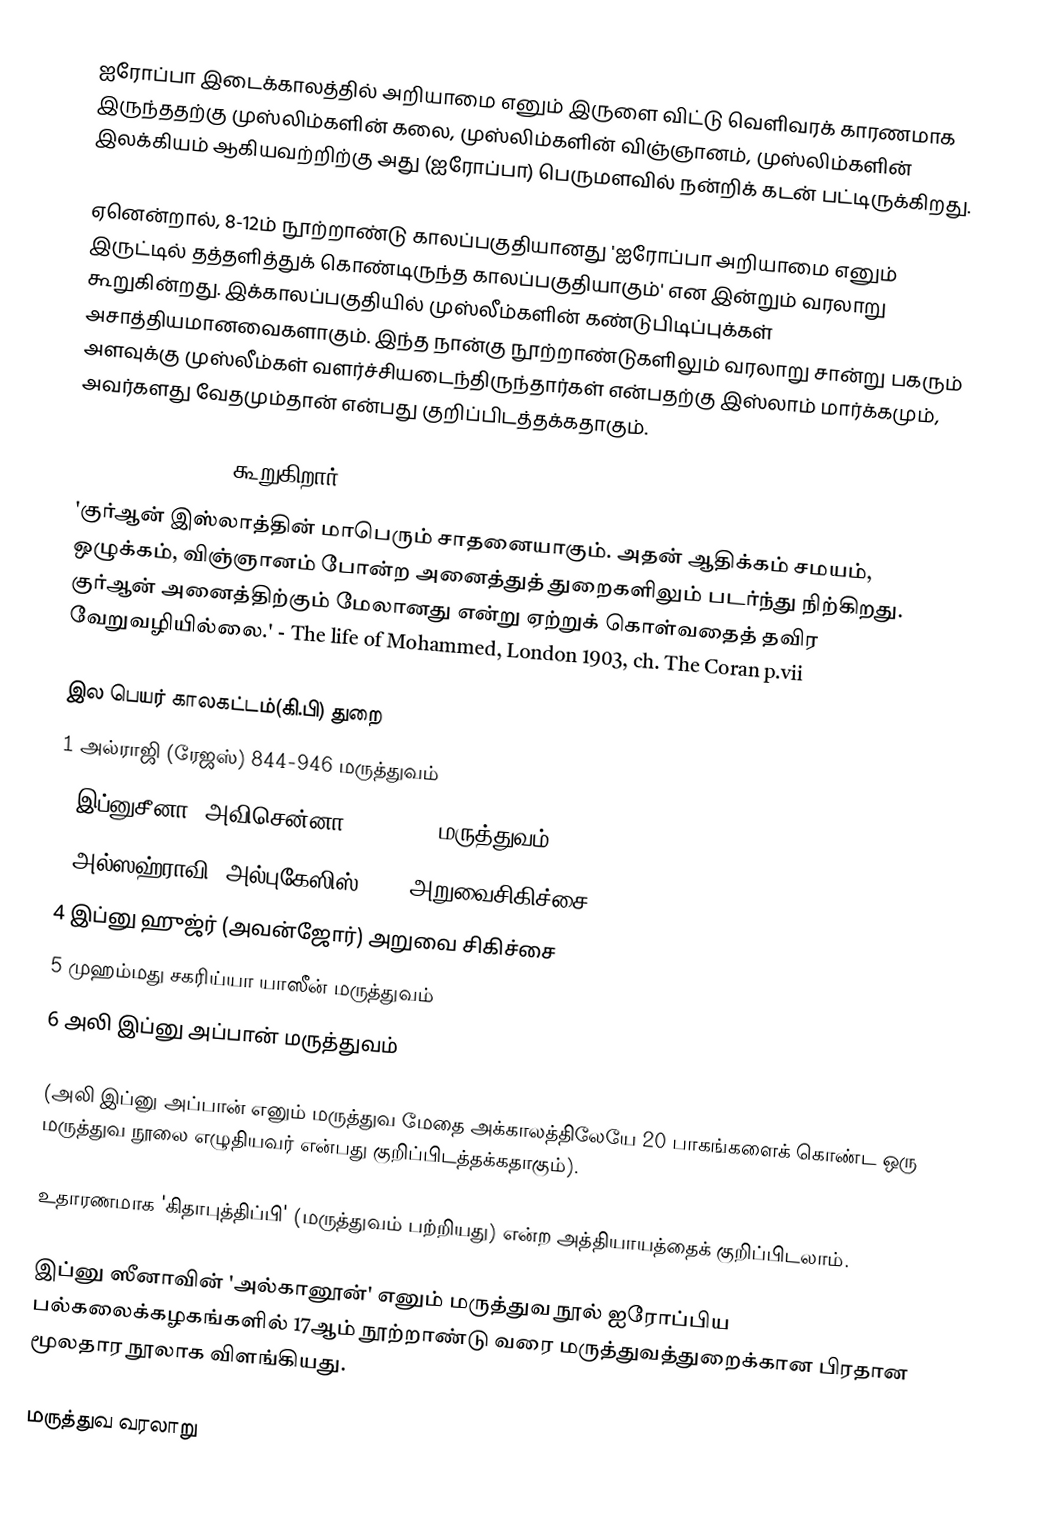
ஐரோப்பா இடைக்காலத்தில் அறியாமை எனும் இருளை விட்டு வெளிவரக் காரணமாக இருந்ததற்கு முஸ்லிம்களின் கலை, முஸ்லிம்களின் விஞ்ஞானம், முஸ்லிம்களின் இலக்கியம் ஆகியவற்றிற்கு அது (ஐரோப்பா) பெருமளவில் நன்றிக் கடன் பட்டிருக்கிறது.

ஏனென்றால், 8-12ம் நூற்றாண்டு காலப்பகுதியானது 'ஐரோப்பா அறியாமை எனும் இருட்டில் தத்தளித்துக் கொண்டிருந்த காலப்பகுதியாகும்' என இன்றும் வரலாறு கூறுகின்றது. இக்காலப்பகுதியில் முஸ்லீம்களின் கண்டுபிடிப்புக்கள் அசாத்தியமானவைகளாகும். இந்த நான்கு நூற்றாண்டுகளிலும் வரலாறு சான்று பகரும் அளவுக்கு முஸ்லீம்கள் வளர்ச்சியடைந்திருந்தார்கள் என்பதற்கு இஸ்லாம் மார்க்கமும், அவர்களது வேதமும்தான் என்பது குறிப்பிடத்தக்கதாகும்.

Sir. William Muir  கூறுகிறார்:
'குர்ஆன் இஸ்லாத்தின் மாபெரும் சாதனையாகும். அதன் ஆதிக்கம் சமயம், ஒழுக்கம், விஞ்ஞானம் போன்ற அனைத்துத் துறைகளிலும் படர்ந்து நிற்கிறது. குர்ஆன் அனைத்திற்கும் மேலானது என்று ஏற்றுக் கொள்வதைத் தவிர வேறுவழியில்லை.' - The life of Mohammed, London 1903, ch. The Coran p.vii

இல	 பெயர்	காலகட்டம்(கி.பி) 	துறை
1	அல்ராஜி (ரேஜஸ்)	 844-946 	மருத்துவம்
2	இப்னுசீனா (அவிசென்னா)	980-1037	மருத்துவம்
3	அல்ஸஹ்ராவி (அல்புகேஸிஸ்) 	936 	அறுவைசிகிச்சை
4	இப்னு ஹுஜ்ர் (அவன்ஜோர்)	 	அறுவை சிகிச்சை
5	முஹம்மது சகரிய்யா யாஸீன் 	 	மருத்துவம்
6	அலி இப்னு அப்பான் 	 	மருத்துவம்

(அலி இப்னு அப்பான் எனும் மருத்துவ மேதை அக்காலத்திலேயே 20 பாகங்களைக் கொண்ட ஒரு மருத்துவ நூலை எழுதியவர் என்பது குறிப்பிடத்தக்கதாகும்).

உதாரணமாக 'கிதாபுத்திப்பி' (மருத்துவம் பற்றியது) என்ற அத்தியாயத்தைக் குறிப்பிடலாம்.

இப்னு ஸீனாவின் 'அல்கானூன்' எனும் மருத்துவ நூல் ஐரோப்பிய பல்கலைக்கழகங்களில் 17ஆம் நூற்றாண்டு வரை மருத்துவத்துறைக்கான பிரதான மூலதார நூலாக விளங்கியது.

மருத்துவ வரலாறு